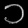
Digit: ၁